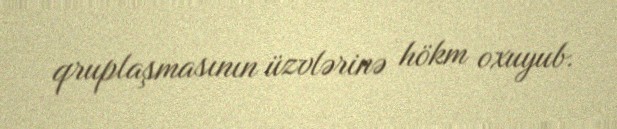
qruplaşmasının üzvlərinə hökm oxuyub.